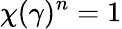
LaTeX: \chi(\gamma)^{n}=1